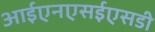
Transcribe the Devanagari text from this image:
आईएनएसईएसडी